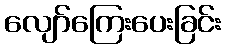
လျော်ကြေးပေးခြင်း